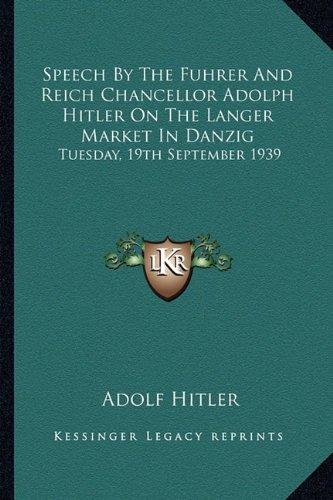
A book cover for Speech By The Fuhrer And Reich Chancellor Adolph Hitler On The Langer Market In Danzig: Tuesday, 19th September 1939; Adolf Hitler; Literature & Fiction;